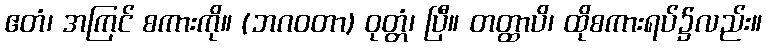
ဧတံ၊ အကြင် စကားကို။ (ဘဂဝတာ) ဝုတ္တံ၊ ပြီ။ တတ္ထာပိ၊ ထိုစကားရပ်၌လည်း။